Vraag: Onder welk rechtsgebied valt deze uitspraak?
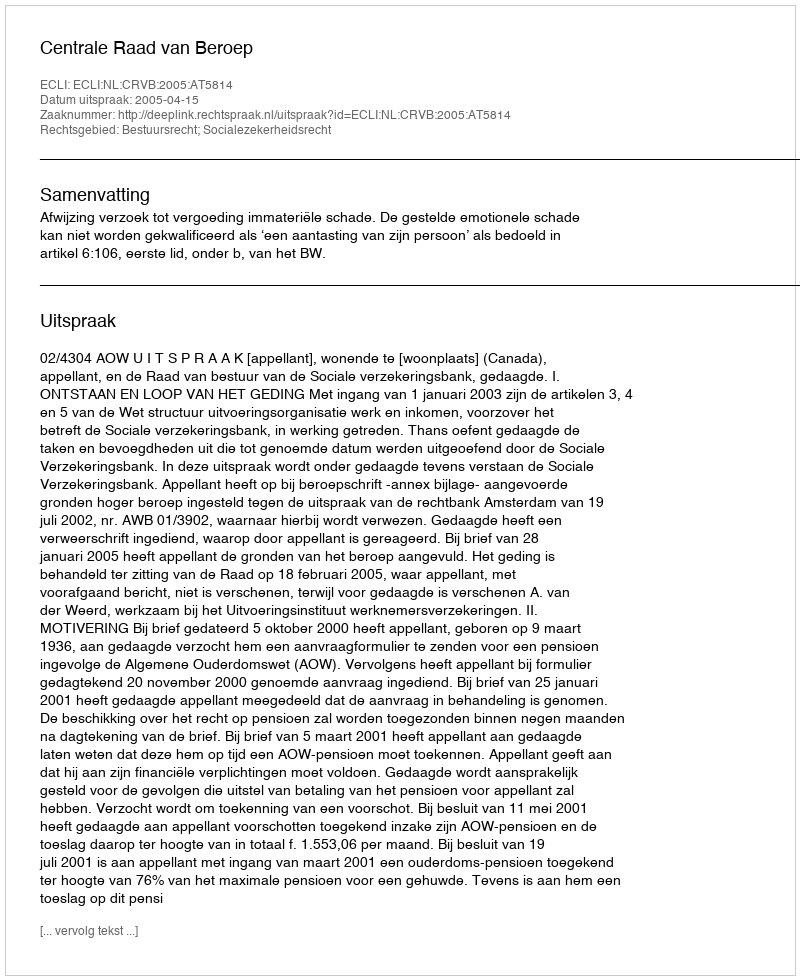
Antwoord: Bestuursrecht; Socialezekerheidsrecht